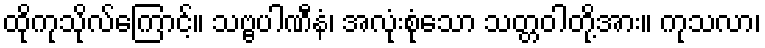
ထိုကုသိုလ်ကြောင့်။ သဗ္ဗပါဏီနံ၊ အလုံးစုံသော သတ္တဝါတို့အား။ ကုသလာ၊